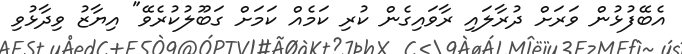
އެބޭފުޅުން ވަރަށް ދުރާލައި ރާވައިގެން ކުރި ކަމެއް ކަމަށް ގަބޫލުކުރެވޭ" އިޔާޒު ވިދާޅުވި